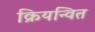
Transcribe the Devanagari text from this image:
क्रियन्वित